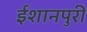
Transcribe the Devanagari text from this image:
ईशानपुरी